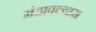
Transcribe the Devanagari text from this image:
मंदावल्यास